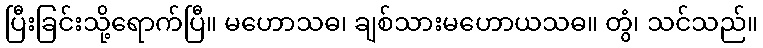
ပြီးခြင်းသို့ရောက်ပြီ။ မဟောသဓ၊ ချစ်သားမဟောယသဓ။ တွံ၊ သင်သည်။